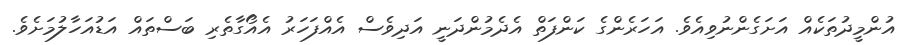
އުންމީދުތަކެއް އަށަގެންނުވިއެވެ. އަހަރެންގެ ކަންފަތް އެދެމުންދަނީ އަދިވެސް އެއްފަހަރު އެއޯގާތެރި ބަސްތައް އަޑުއަހާލުމަށެވެ.